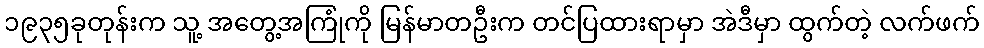
၁၉၃၅ခုတုန်းက သူ့ အတွေ့အကြုံကို မြန်မာတဦးက တင်ပြထားရာမှာ အဲဒီမှာ ထွက်တဲ့ လက်ဖက်